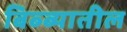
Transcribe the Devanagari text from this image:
बिब्ब्यातील